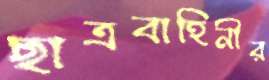
ছাত্রবাহিনীর